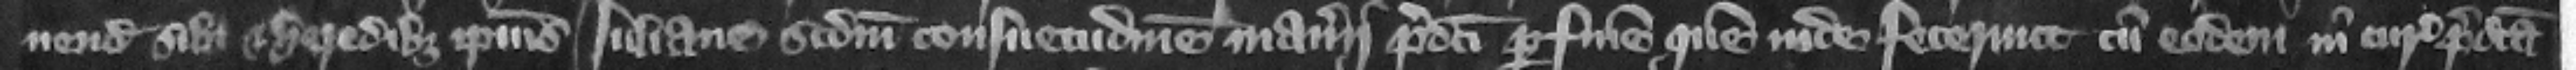
nendum sibi et heredibus ipsius Iuliane secundum consuetudinem manerii predicti per finem quem inde fecerunt cum eodem in curia predicta.